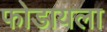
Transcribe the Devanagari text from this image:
फोडायला